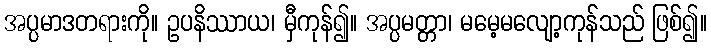
အပ္ပမာဒတရားကို။ ဥပနိဿာယ၊ မှီကုန်၍။ အပ္ပမတ္တာ၊ မမေ့မလျော့ကုန်သည် ဖြစ်၍။